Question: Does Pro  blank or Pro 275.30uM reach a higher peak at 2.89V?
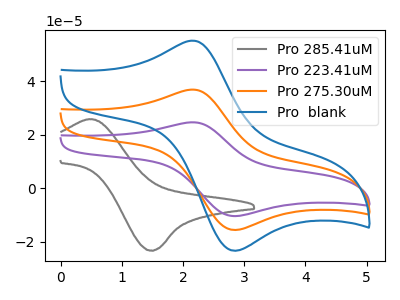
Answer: <think>The gray curve "Pro 285.41uM" has an anodic peak at (0.50V, 25.80uA) and a cathodic peak at (1.45V, -23.35uA). The purple curve "Pro 223.41uM" has an anodic peak at (2.15V, 73.75uA) and a cathodic peak at (2.90V, -31.25uA). The orange curve "Pro 275.30uM" has an anodic peak at (2.15V, 36.90uA) and a cathodic peak at (2.90V, -15.60uA). The blue curve "Pro  blank" has an anodic peak at (2.15V, 55.20uA) and a cathodic peak at (2.90V, -23.40uA).</think>
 <answer>The peak at 2.89V is higher in "Pro  blank" than in "Pro 275.30uM".</answer>
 <eval>higher</eval>